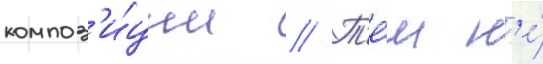
композ'и́ции // Т'е́м н'е́